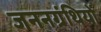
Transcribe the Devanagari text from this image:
जननग्रंथियों